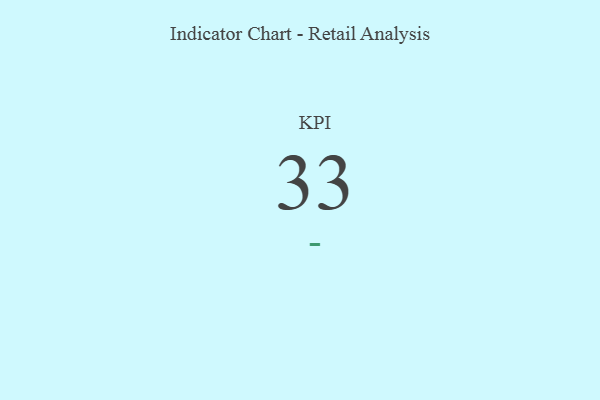
{"axis": {"x": "KPI", "y": "Value"}, "legend": [""], "data": [{"x": "KPI", "y": 33, "type": ""}]}